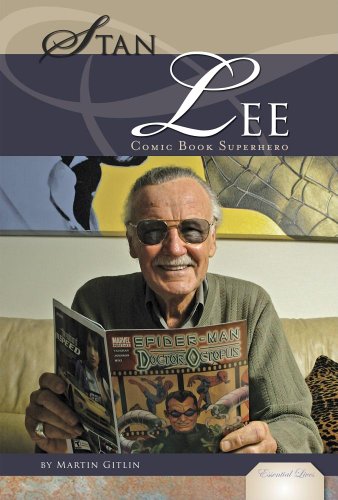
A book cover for Stan Lee: Comic Book Superhero (Essential Lives); Martin Gitlin; Teen & Young Adult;